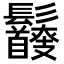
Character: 𩰇